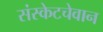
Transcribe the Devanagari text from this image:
संस्केटचेवान